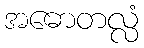
အဓောတလ္လံ